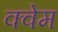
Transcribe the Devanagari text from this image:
क्वेम